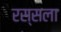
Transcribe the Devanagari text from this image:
रस्सला